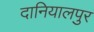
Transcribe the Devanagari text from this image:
दानियालपुर